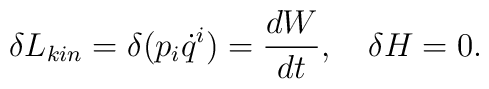
\delta L_{kin} = \delta(p_i \dot{q}^i) = \frac{dW}{dt},\ \ \ \delta H = 0.